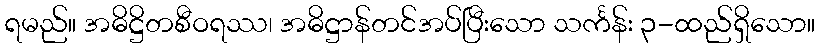
ရမည်။ အဓိဋ္ဌိတစီဝရဿ၊ အဓိဋ္ဌာန်တင်အပ်ပြီးသော သင်္ကန်း ၃-ထည်ရှိသော။